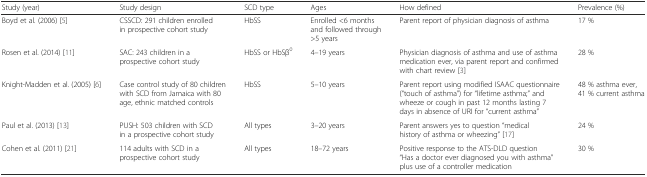
<table><thead><tr><td><b>Study (year)</b></td><td><b>Study design</b></td><td><b>SCD type</b></td><td><b>Ages</b></td><td><b>How defined</b></td><td><b>Prevalence (%)</b></td></tr></thead><tbody><tr><td>Boyd et al. (2006) [5]</td><td>CSSCD: 291 children enrolled in prospective cohort study</td><td>HbSS</td><td>Enrolled &lt;6 months and followed through &gt;5 years</td><td>Parent report of physician diagnosis of asthma</td><td>17 %</td></tr><tr><td>Rosen et al. (2014) [11]</td><td>SAC: 243 children in a prospective cohort study</td><td>HbSS or HbSβ<sup>0</sup></td><td>4–19 years</td><td>Physician diagnosis of asthma and use of asthma medication ever, via parent report and confirmed with chart review [3]</td><td>28 %</td></tr><tr><td>Knight-Madden et al. (2005) [6]</td><td>Case control study of 80 children with SCD from Jamaica with 80 age, ethnic matched controls</td><td>HbSS</td><td>5–10 years</td><td>Parent report using modified ISAAC questionnaire (“touch of asthma”) for “lifetime asthma;” and wheeze or cough in past 12 months lasting 7 days in absence of URI for “current asthma”</td><td>48 % asthma ever, 41 % current asthma</td></tr><tr><td>Paul et al. (2013) [13]</td><td>PUSH: 503 children with SCD in a prospective cohort study</td><td>All types</td><td>3–20 years</td><td>Parent answers yes to question “medical history of asthma or wheezing” [17]</td><td>24 %</td></tr><tr><td>Cohen et al. (2011) [21]</td><td>114 adults with SCD in a prospective cohort study</td><td>All types</td><td>18–72 years</td><td>Positive response to the ATS-DLD question “Has a doctor ever diagnosed you with asthma” plus use of a controller medication</td><td>30 %</td></tr></tbody></table>